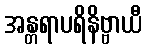
အန္တရာပရိနိဗ္ဗာယီ